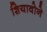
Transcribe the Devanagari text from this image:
शियावोने